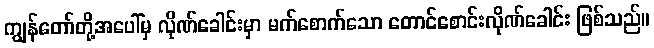
ကျွန်တော်တို့အပေါ်မှ လိုဏ်ခေါင်းမှာ မက်စောက်သော တောင်စောင်းလိုဏ်ခေါင်း ဖြစ်သည်။